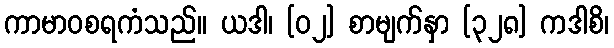
ကာမာဝစရကံသည်။ ယဒါ၊ [၀၂] စာမျက်နှာ [၃၂၈] ကဒါစိ၊